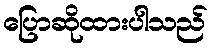
ပြောဆိုထားပါသည်